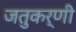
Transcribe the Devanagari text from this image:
जतुकर्णी